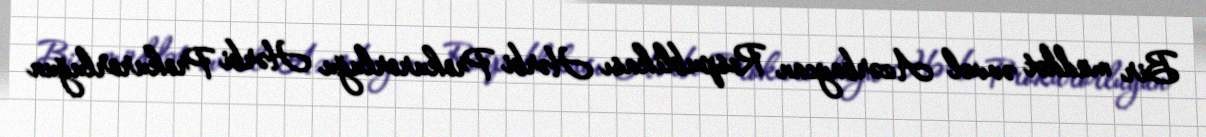
Bir müddət əvvəl Azərbaycan Respublikası Hərbi Prokurorluğu Hərbi Prokurorluğun